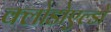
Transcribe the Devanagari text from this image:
क्लोडोएल्डो